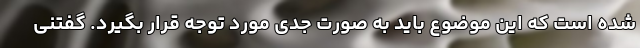
شده است که این موضوع باید به صورت جدی مورد توجه قرار بگیرد. گفتنی